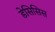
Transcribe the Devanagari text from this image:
डेसिसिस